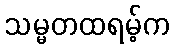
သမ္မတထရမ့်က